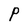
Character: P